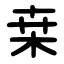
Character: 桒